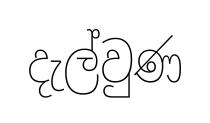
දැල්වුණ